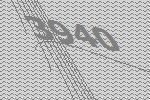
3940